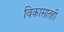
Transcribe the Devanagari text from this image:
विकासातही